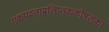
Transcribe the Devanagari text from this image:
एकपदताम्रलिप्तककोषलका